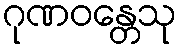
ဂုဏဝန္တေသု